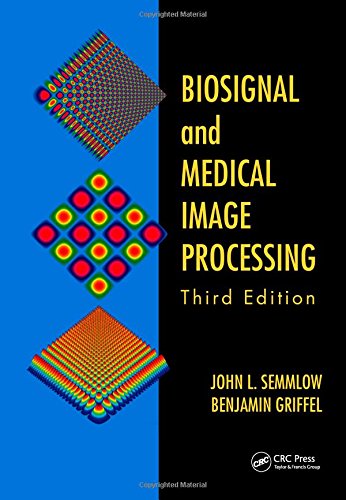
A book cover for Biosignal and Medical Image Processing, Third Edition; John L. Semmlow; Medical Books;